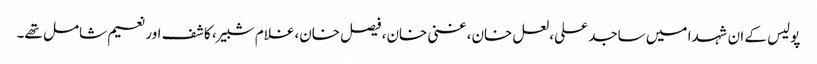
پولیس کے ان شہدا میں ساجد علی، لعل خان، غنی خان، فیصل خان،غلام شبیر، کاشف اور نعیم شامل تھے۔